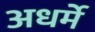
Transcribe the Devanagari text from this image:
अधर्मे